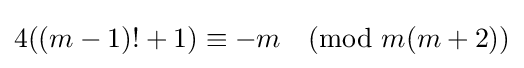
4((m-1)!+1)\equiv -m{\pmod {m(m+2)}}